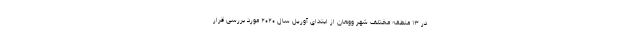
در ۱۳ منطقه مختلف شهر ووهان از ابتدای آوریل سال ۲۰۲۰ مورد بررسی قرار